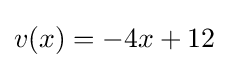
v(x)=-4x+12